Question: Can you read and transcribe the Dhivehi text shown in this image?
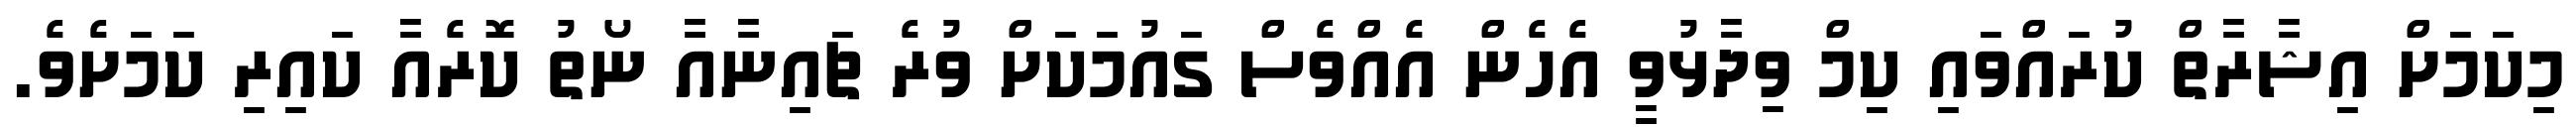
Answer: މިކަމަށް އިޝާރާތް ކުރައްވައި ކިމް ވިދާޅުވީ އެހެން އެއްވެސް ގައުމަކަށް ވުރެ ޗައިނާއާ ނޯތު ކޮރެއާ ކައިރި ކަމަށެވެ.